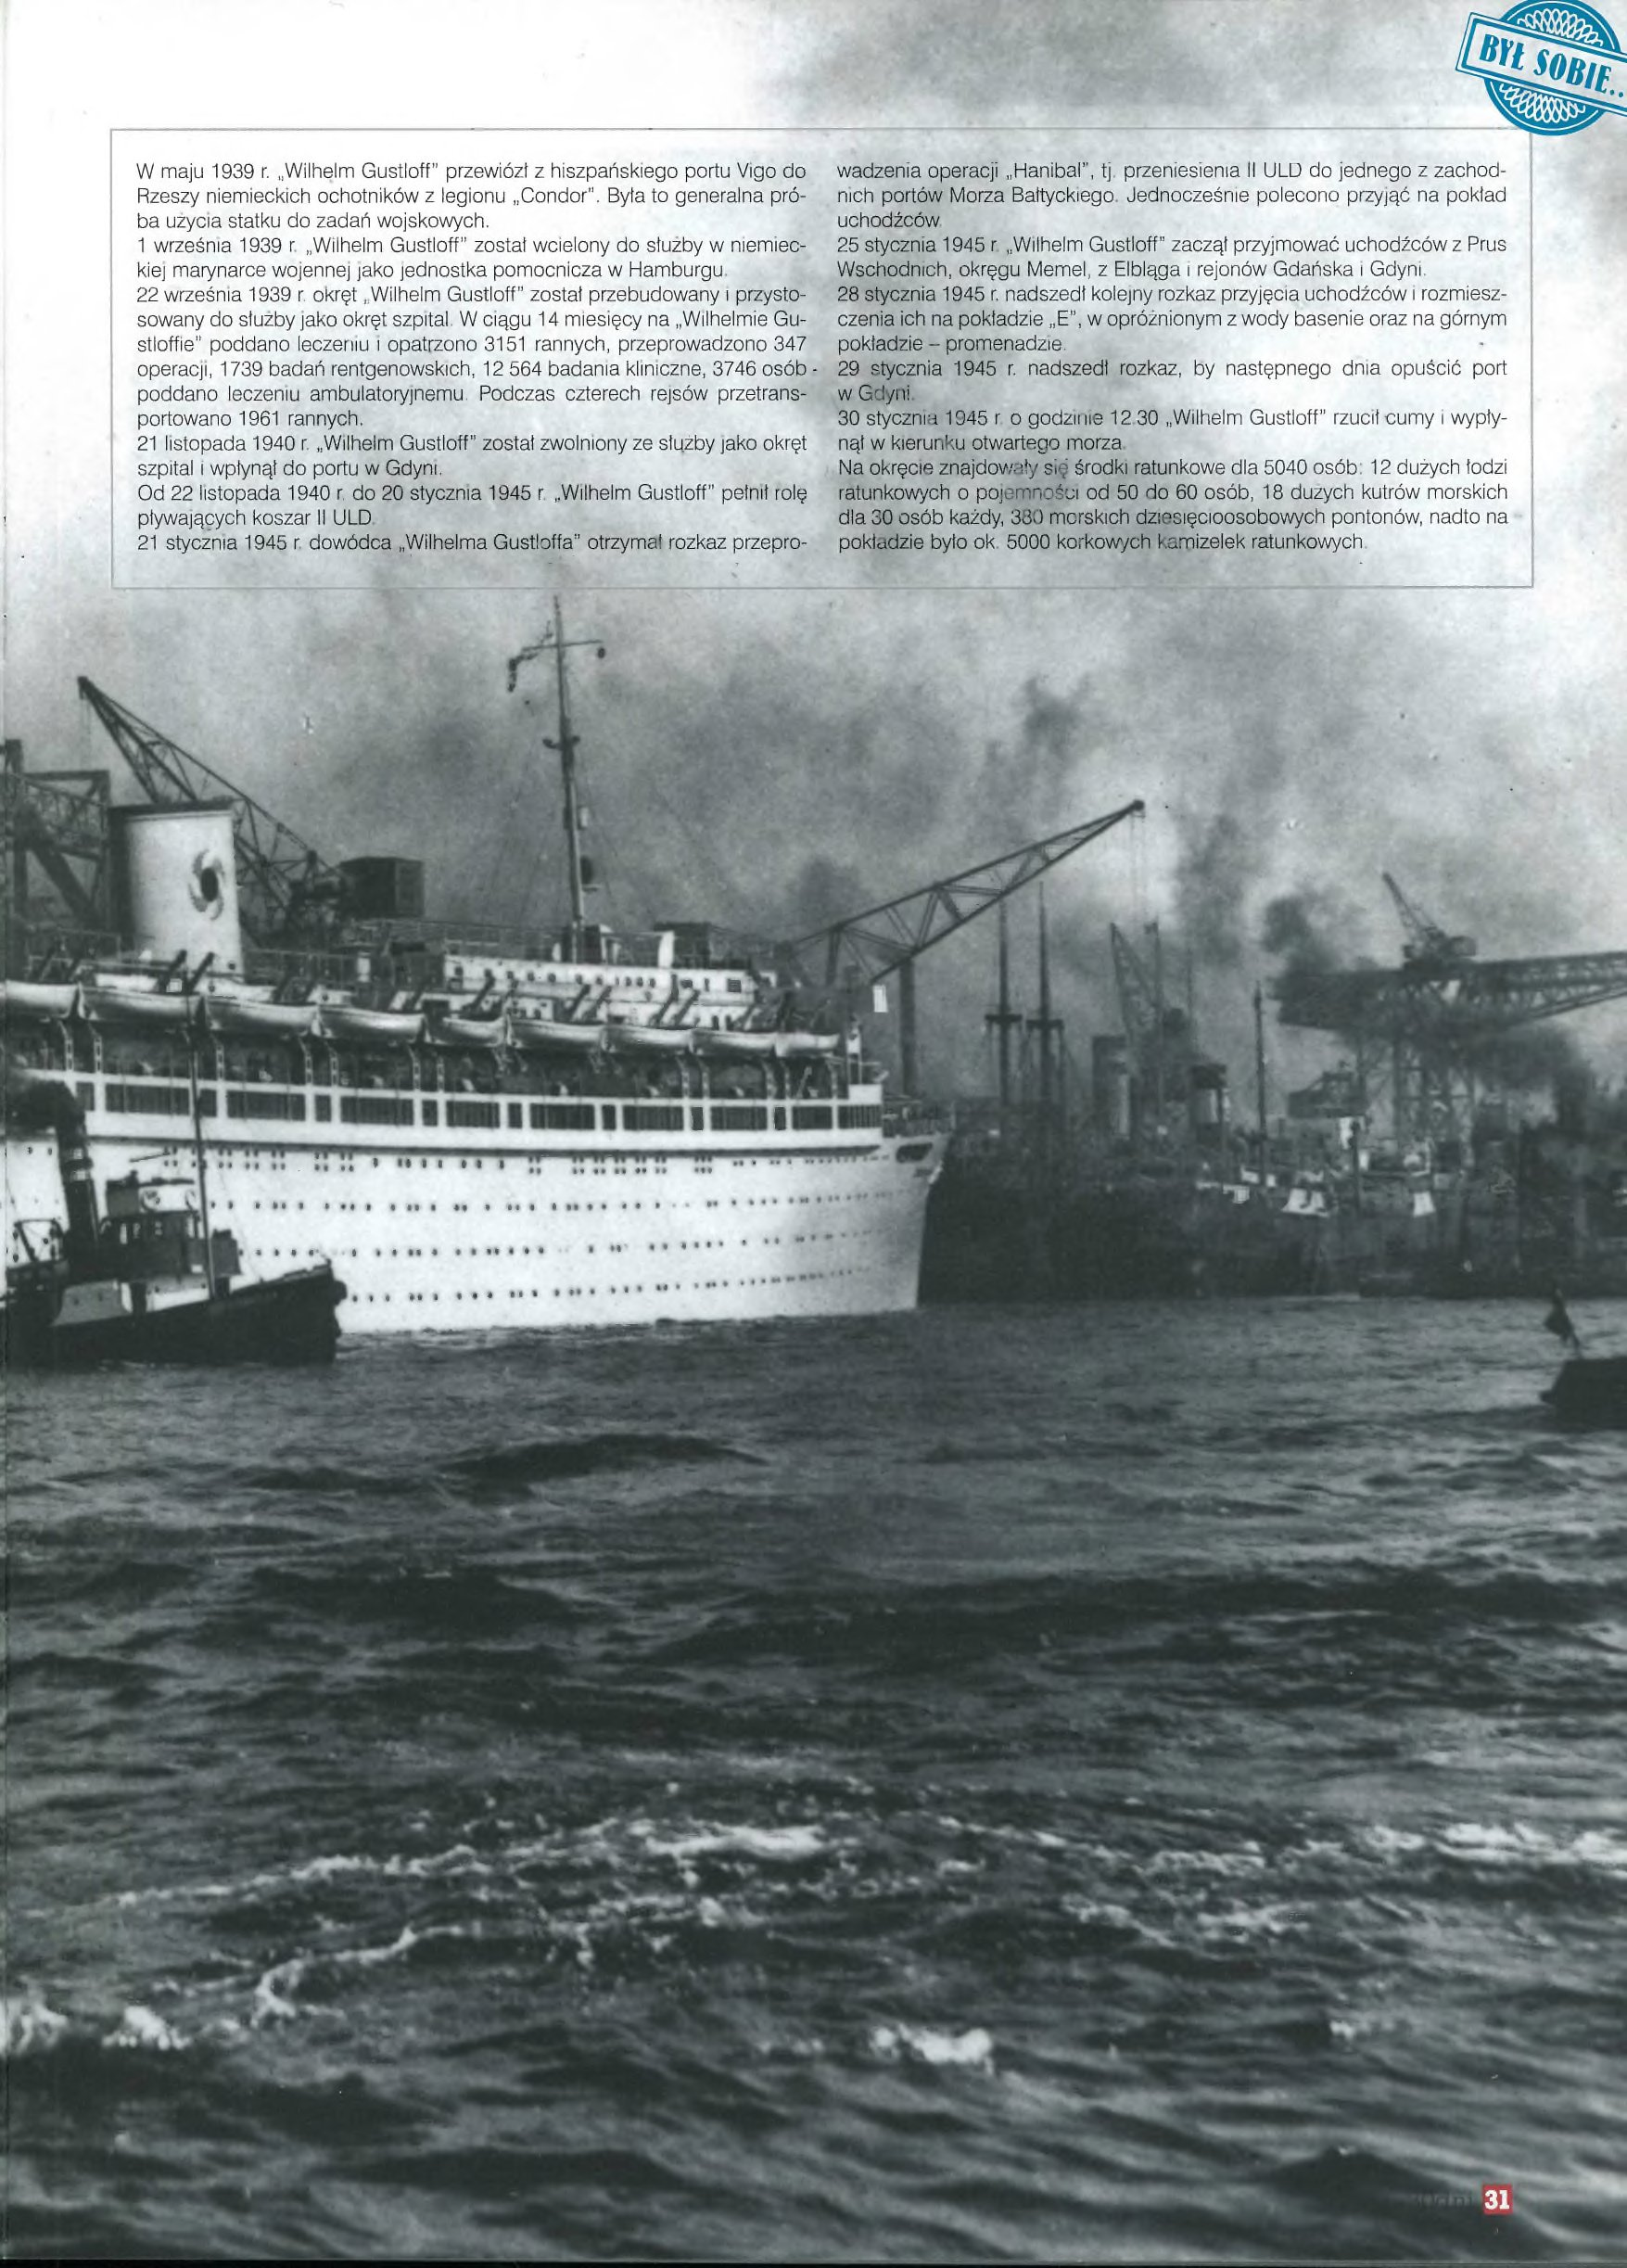
Language: pl